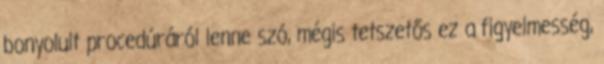
bonyolult procedúráról lenne szó, mégis tetszetős ez a figyelmesség,